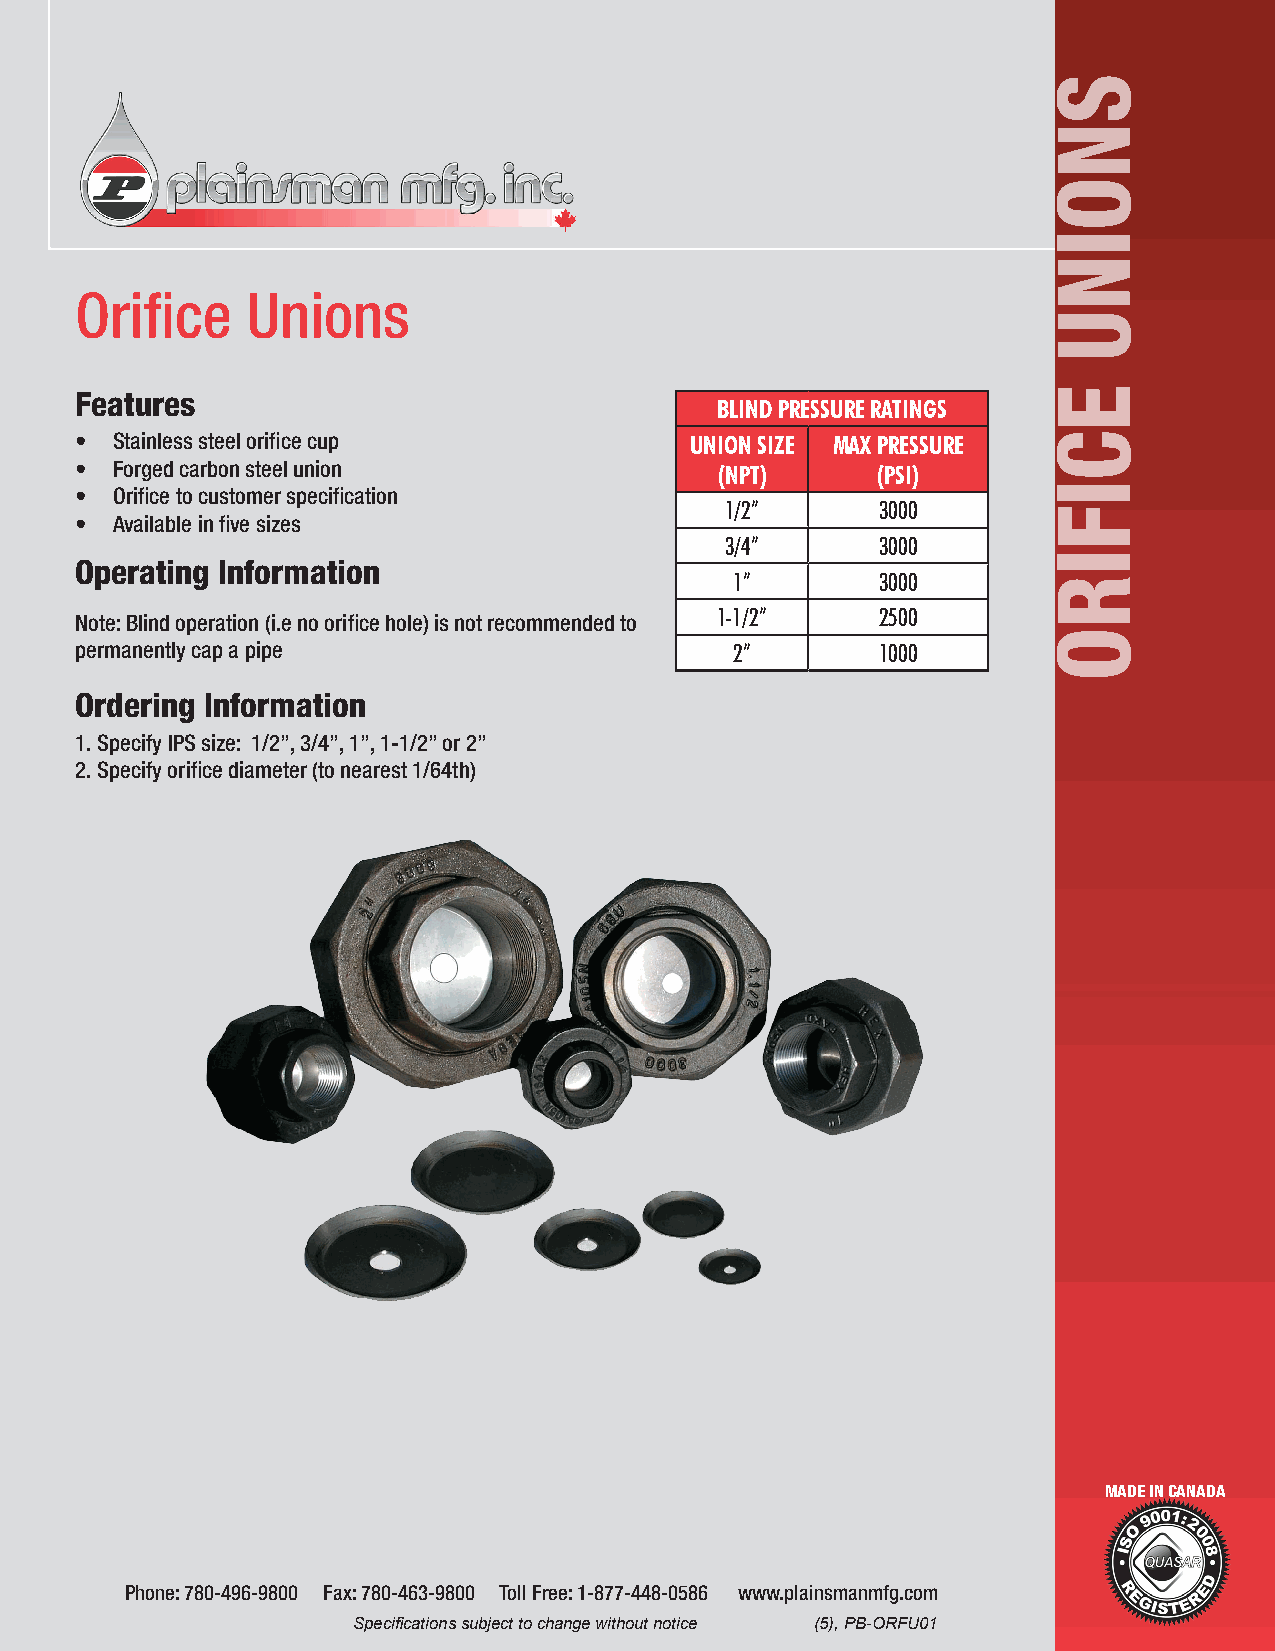
Orifice    Unions
 Features
 BLIND PRESSURE RATINGS
 • Stainless steel orifice cup            UNION SIZE MAX PRESSURE
 • Forged carbon steel union                (NPT)     (PSI)
 • Orifice to customer specification
 1/2”      3000
 • Available in five sizes
 3/4”      3000
 Operating Information
 1”       3000
 Note: Blind operation (i.e no orifice hole) is not recommended to 1-1/2” 2500
 permanently cap a pipe                      2”       1000
 Ordering Information
 1. Specify IPS size: 1/2”, 3/4”, 1”, 1-1/2” or 2”
 2. Specify orifice diameter (to nearest 1/64th)
 MADE IN CANADA
 Phone: 780-496-9800 Fax: 780-463-9800 Toll Free: 1-877-448-0586 www.plainsmanmfg.com
 Specifications subject to change without notice (5), PB-ORFU01
 SNOINU
 ECIFIRO